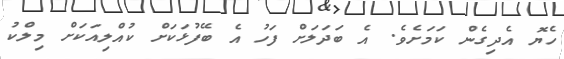
ހެޔޮ އެދިގެން ކަމަށެވެ. އެ ބަދަލަށް ފަހު އެ ބޭފުޅަކަށް ކުއްލިއަކަށް މިލްކު